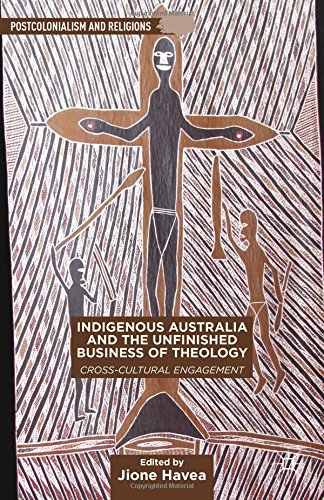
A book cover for Indigenous Australia and the Unfinished Business of Theology: Cross-Cultural Engagement (Postcolonialism and Religions); Christian Books & Bibles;